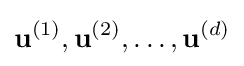
\mathbf {u} ^{(1)},\mathbf {u} ^{(2)},\ldots ,\mathbf {u} ^{(d)}